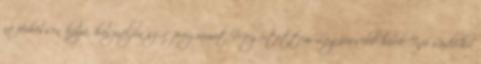
ne férhessen hozzá, használjon szűrőprogramot Megértettem Legfrissebb hírek InfoRádió.hu